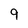
Character: 9